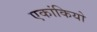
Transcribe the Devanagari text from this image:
एकांकियो